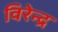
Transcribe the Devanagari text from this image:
विरेन्‍द्र